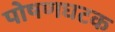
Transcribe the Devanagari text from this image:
पोषणघटक